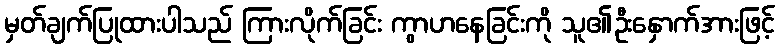
မှတ်ချက်ပြုထားပါသည် ကြားလိုက်ခြင်း ကွာဟနေခြင်းကို သူ၏ဦးနှောက်အားဖြင့်